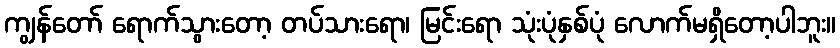
ကျွန်တော် ရောက်သွားတော့ တပ်သားရော၊ မြင်းရော သုံးပုံနှစ်ပုံ လောက်မရှိတော့ပါဘူး။